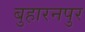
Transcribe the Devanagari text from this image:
बुहारनपुर